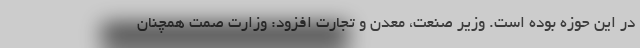
در این حوزه بوده است. وزیر صنعت، معدن و تجارت افزود: وزارت صمت همچنان